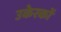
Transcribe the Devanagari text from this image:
उकेरकों